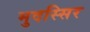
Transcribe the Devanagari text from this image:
मुदस्सिर